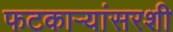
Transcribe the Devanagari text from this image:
फटकाऱ्यांसरशी